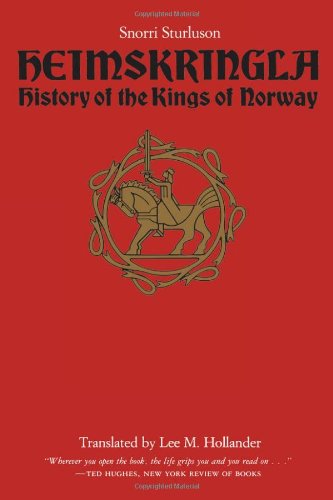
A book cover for Heimskringla: History of the Kings of Norway; Snorri Sturluson; Literature & Fiction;